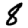
Digit: 8